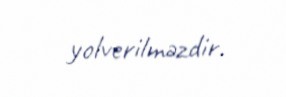
yolverilməzdir.